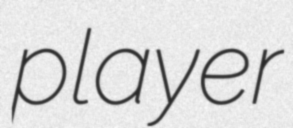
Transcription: player